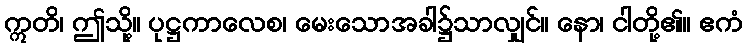
ဣတိ၊ ဤသို့။ ပုဋ္ဌကာလေစ၊ မေးသောအခါ၌သာလျှင်။ နော၊ ငါတို့၏။ ဧကံ